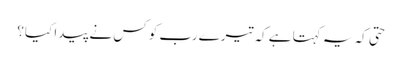
حتی کہ یہ کہتا ہے کہ تیرے رب کو کس نے پیدا کیا؟